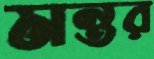
মন্তর